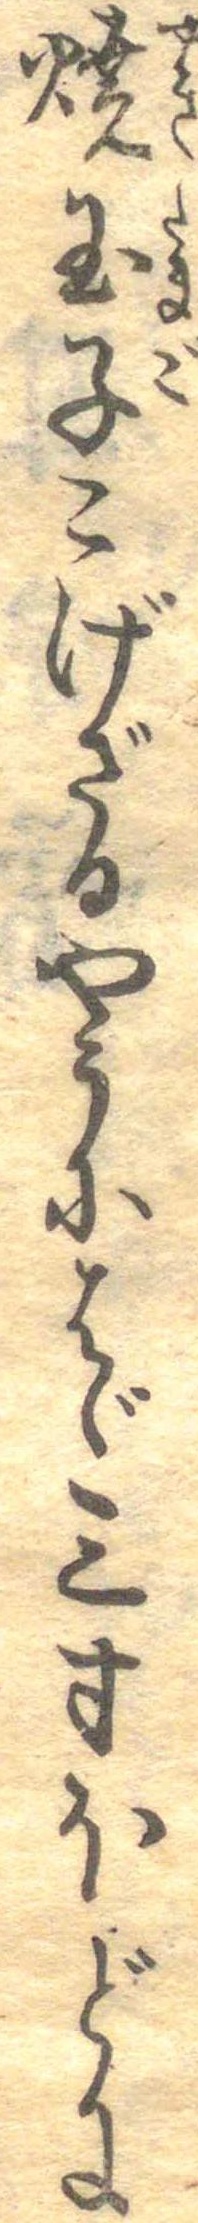
焼玉子こげざるやうにはゞ三寸ほどに